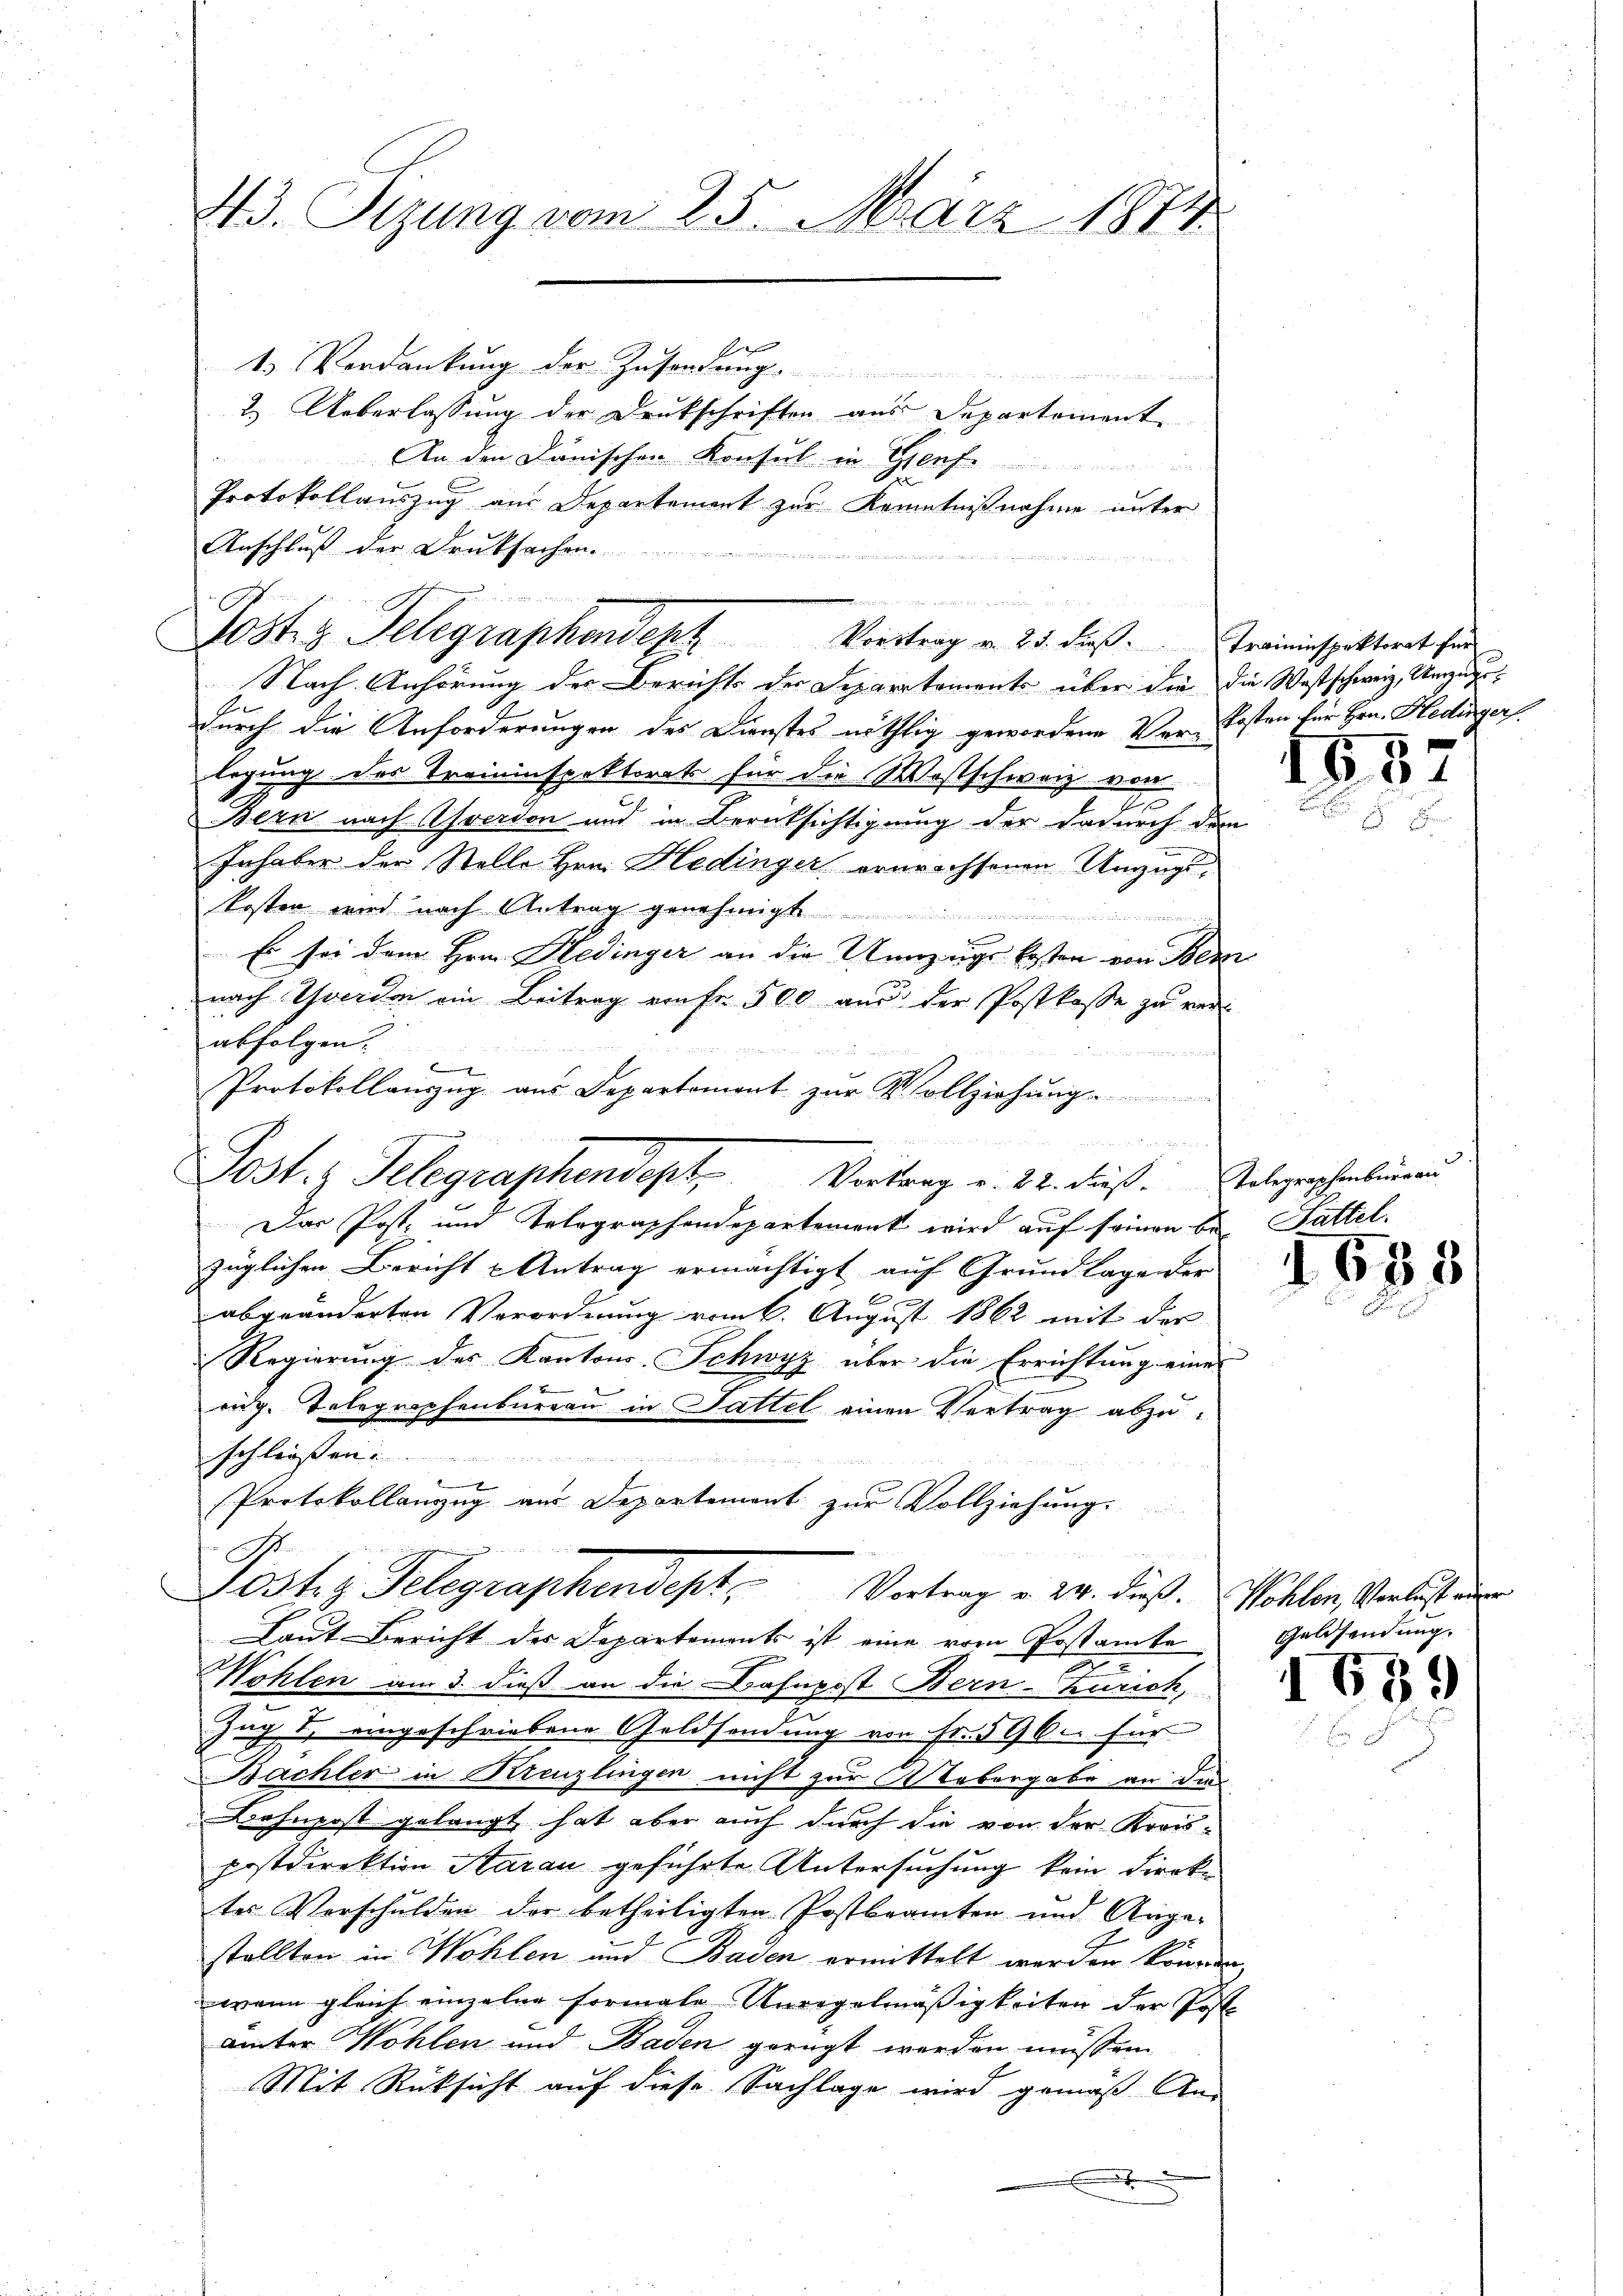
43. Sizung vom 25. März 1874.

s
1 Verdankung der Zusendung.

2.) Ueberlassung der Drukschriften aus Departement
An den Danischen Konsul in Genf.
e
Protokollauszug aus Departement zur Kenntnißnahme unter
Anschluß der Druksachen.....
dee einen

Nach Anhörung des Berichts der Deparataments über die die Wastschweiz, Umzugedurch die Anforderungen des Dienstes nöthlig gewordene Ver- Kosten für Hrn. Hedingers.
legung des Traininspektorat für die Wostschweiz von
Bern nach Averdon und in Berücksichtigung der dadurch dem
Inhaber der Stelle Hrn. Hedinger erwachsenen Umzugs¬
Kosten wird nach Antrag genehmigt
Es sei dem Hrn. Hedinger an die Unnzugs besten von Ber
nach Yverdon ein Beitrag ein fr. 500 aus der Postkasse zu verabfolgen.
 e w gesammen
e
Protokollauszug aus Departement zŭr Vollziehŭng
Das Post- und Telegraphendepartement wird auf seinen bei Fattel.
züglichen Bericht u Antrag ermächtigt auf Grundlage der
2
abgeänderten Verordnung vom 6. August 1862 mit der
Regierŭng des Kantons-Schwyz über die Errichtung eine
2
eng. Telegraphenbureau in Sattel einen Vertrag abzuschließen.
8
Protokollanzug aus Departement zur Vollziehung.

G.
Löstig Gelegraphendest. Vortrag v. 24. dieß. Wohlen, Verlust der
Laut Bericht der Departements ist eine vom Postamte
Wohlen am 3. dieß an die Bahnpost Bern-Zürich,
Zug u. eingeschriebene Geldsendung von Fr. 596. für
Bachter in Kreuzlingen nicht zur Uebergabe an die
Bahnpost gelangt hat aber auch durch die von der Kreis-
postdirektion Aarau geführte Untersuchung kein Direktes Verschulden der betheiligten Postbeamten und Ange-
stellten in Wohlen und Baden ermittelt werden können
wann gleich einzelne formale Unregelmäßigkeiten der Post
ämter Wohlen und Baden gerügt werden müssen.
Mit Rüksicht auf diese Sachlage wird gemäß An-

n
Tostz Telegraphendept Vortrag v. 25. dieβ. Traininspektorat für

Poster Telegraphendept Vortrag v. 22. dieß. Telegerschreibungen

1532

1688

Geldsendung.

1689